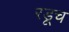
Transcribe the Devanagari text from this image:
रडूच